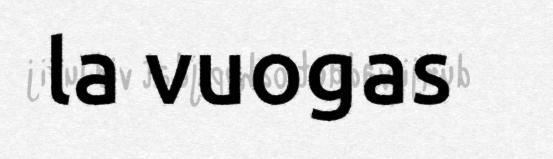
la vuogas